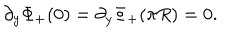
LaTeX: \partial _ { y } \Phi _ { + } ( 0 ) = \partial _ { y } \Phi _ { + } ( \pi R ) = 0 .